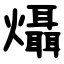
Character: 㸎